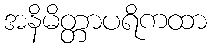
အနိမိတ္တာပရိကထာ